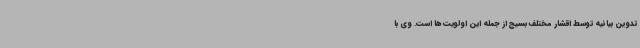
تدوین بیانیه توسط اقشار مختلف بسیج از جمله این اولویت ها است. وی با